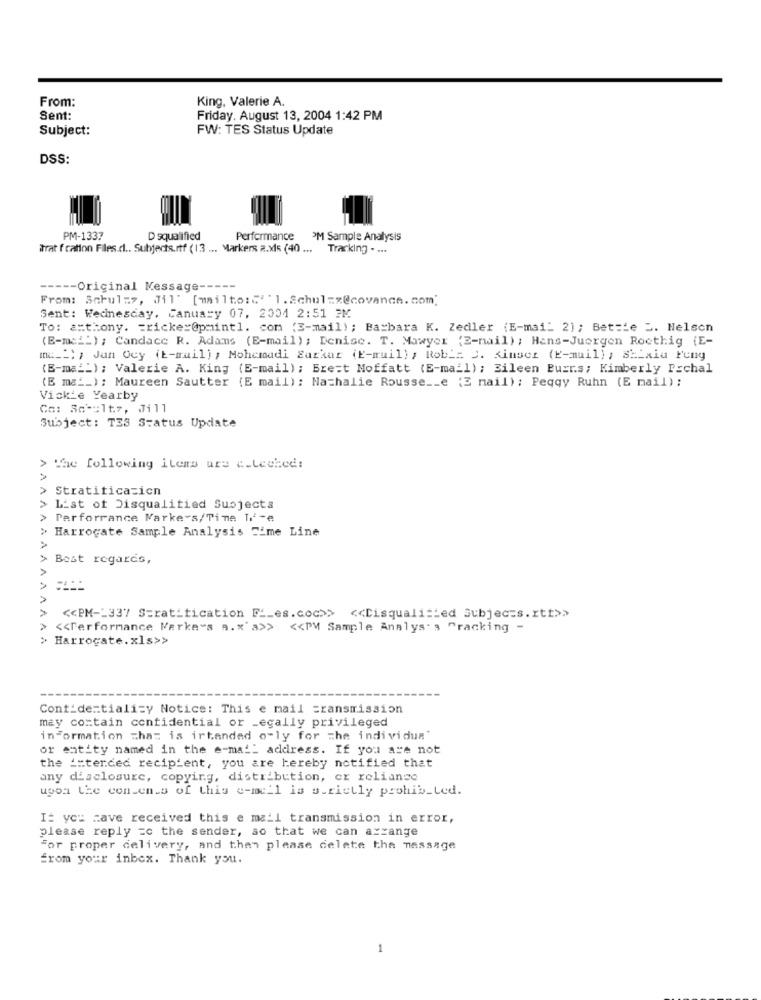
From:
King, Valerie A.
Sent:
Friday, August 13, 2004 1:42 PM
Subject:
FW: TES Status Update
DSS:
PM-1337
D squalified
Performance OM Sample Analysis
itrat f cation Files.d .. Subjects.rtf (13 ... Markers a.xls (40 ...
Tracking . ...
----- Original Message -----
From: Schulzz, Jil' [mailto: "" " 1.Schulzx@covance.com]
Sent: Wednesday, Canuasy 07, 2001 2:51 2M
To: anthony. = ricker@pmintl. com (3-mail) ; Barbara K. Zedler (E-mai- 2); Betsie 2. Helsen
(E-ma __ ); Candace R. Adams (E-mail); Denise. T. Mawyer (2-nail) ; Hans-Juergen Roethig (E-
me __ / Jun Ocy (E-mail) , Mohemadi Earkar (E-mail) ; Roble S. Kimsez (E-mail) ; SELxiu Feny
(B-ma __ ); Valerie A. King (E-mail); Bre=t Moffatt (E-mail) ; Eileen Burr.s; Kimberly Prchal
(E ma __ ); Maureen Sautter (E mail): Nathalie Rousse __ e {E mail) ; Peqqy Ruhn (E mail):
Vickie Yearby
Co: Schultz, Jill
Subject: TES Status Update
> The following items ure c.Leched:
> Stratiticazicn
> List of Disqualified Subjects
> Parforrance Markets/Time I'-e
> Harrogate Sample Analysis Time Line
Best regards,
>
<< PM -_ 337 S=ratification F __ es.coc>>
<< Disqualified Subjec=s.rtt>>
<< Performance Marke"s s.x' a>> << PM Sample Analys's "racking -
> Harrogate. xls>>
Cont_dentiality Notice: This e mail =ransmission
may contain confidential or Legally privileged
information that is irtanded o"ly for che individua'
or entity named in the e-mail address. If you are not
the == terded recipient, you are hereby notified that
any disclosure, copying, distribution, er reliance
upon the contents of this e-mail is strictly prohibited.
I: you have received this e mail transmission in error,
please reply =c the sender, so that we can arrange
For proper delivery, and then please delete the message
from your inbox. Thank you.
1